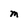
Character: M